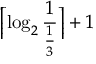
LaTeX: \left\lceil \log _ { 2 } { \frac { 1 } { \frac { 1 } { 3 } } } \right\rceil + 1